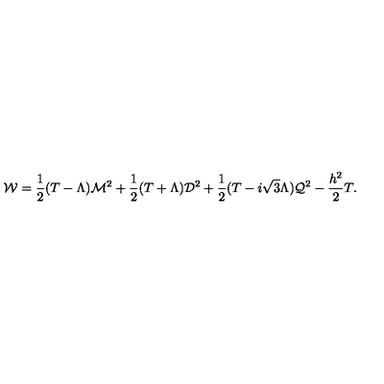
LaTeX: { \cal W } = { \frac { 1 } { 2 } } ( T - \Lambda ) { \cal M } ^ { 2 } + { \frac { 1 } { 2 } } ( T + \Lambda ) { \cal D } ^ { 2 } + { \frac { 1 } { 2 } } ( T - i \sqrt { 3 } \Lambda ) { \cal Q } ^ { 2 } - { \frac { h ^ { 2 } } { 2 } } T .